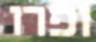
ופרו